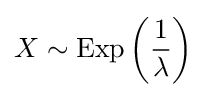
X\sim \operatorname {Exp} \left({\frac {1}{\lambda }}\right)